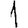
Digit: 1